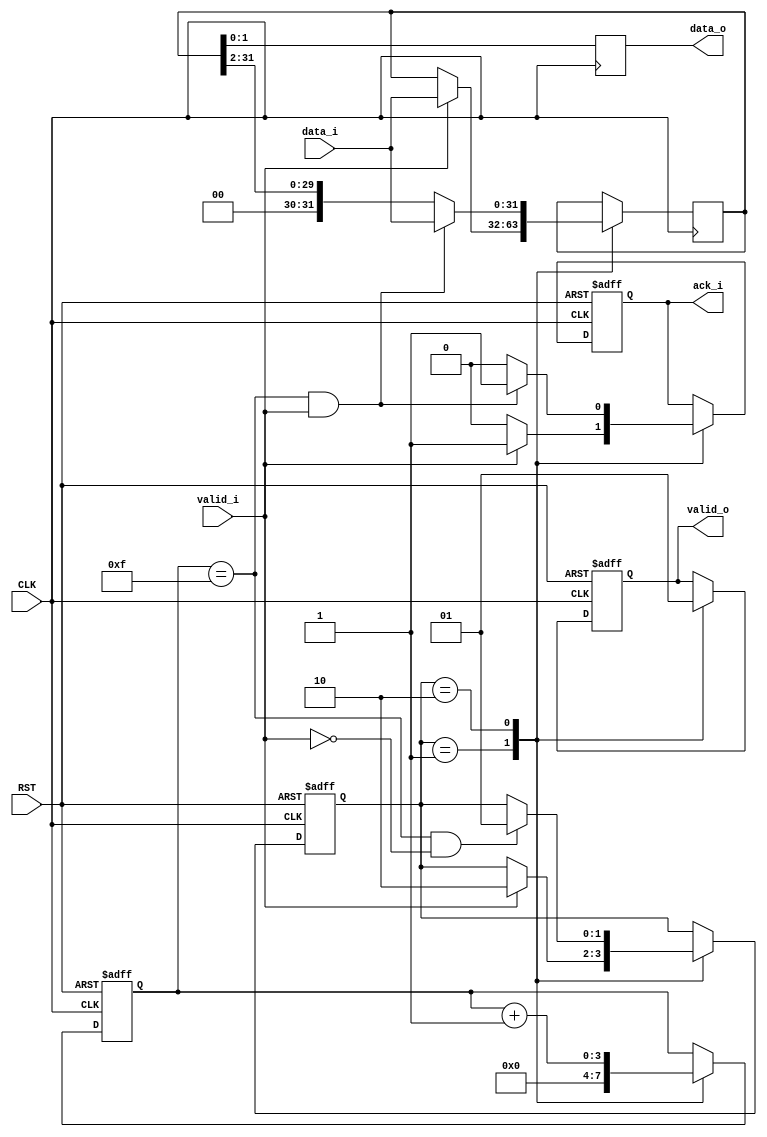

module slice_qpsk
  (
   input            CLK,
   input            RST,

   input            valid_i,
   input [31:0]     data_i,
   output reg       ack_i,

   output reg       valid_o,
   output reg [1:0] data_o
   );

`define SW 2
   localparam s_idle = `SW'b01;
   localparam s_active = `SW'b10;
   reg [`SW-1:0] state;
`undef SW

   reg [31:0]   d;

   localparam counter_top = 4'd15;
   reg [3:0]     counter;

   wire          fin = counter == counter_top && !valid_i;
   wire          next_chunk = counter == counter_top && valid_i;

   always @(posedge CLK or negedge RST)
     if (!RST) begin
        state <= s_idle;
     end else begin
         case (state)
         s_idle: 
           if (valid_i)
             state <= s_active;

         s_active:
           if (fin)
             state <= s_idle;

         default:;
         endcase
     end

   always @(posedge CLK)
     case (state)
     s_idle:
       if (valid_i)
         d <= data_i;

     s_active:
       if (next_chunk)
         d <= data_i;
       else
         d <= {2'b0, d[31:2]};
     
     default: ;
     endcase

   always @(posedge CLK or negedge RST)
     if (!RST) begin
        counter <= 4'd0;
     end else begin
         case (state)
         s_idle:
           counter <= 4'd0;
         
         s_active: 
           counter <= counter + 4'd1;

         default: ;
         endcase
     end // else: !if(!RST)

   always @(posedge CLK)
     data_o <= d[1:0];
              
   always @(posedge CLK or negedge RST)
     if (!RST) begin
        valid_o <= 1'b0;
     end else begin
         case (state)
         s_idle: 
           valid_o <= 1'b0;

         s_active:
           valid_o <= 1'b1;
         
         default: ;
         endcase
     end // else: !if(!RST)

   always @(posedge CLK or negedge RST)
     if (!RST) begin
        ack_i <= 1'b0;
     end else begin
         case (state)
         s_idle: 
           if (valid_i)
             ack_i <= 1'b1;
           else
             ack_i <= 1'b0;

         s_active:
           if (next_chunk)
             ack_i <= 1'b1;
           else
             ack_i <= 1'b0;

         default: ;
         endcase
     end

endmodule // slice_bpsk